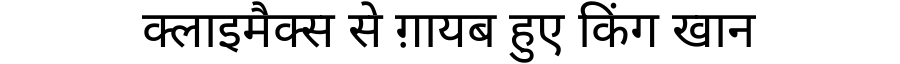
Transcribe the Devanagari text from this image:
क्लाइमैक्स से ग़ायब हुए किंग खान